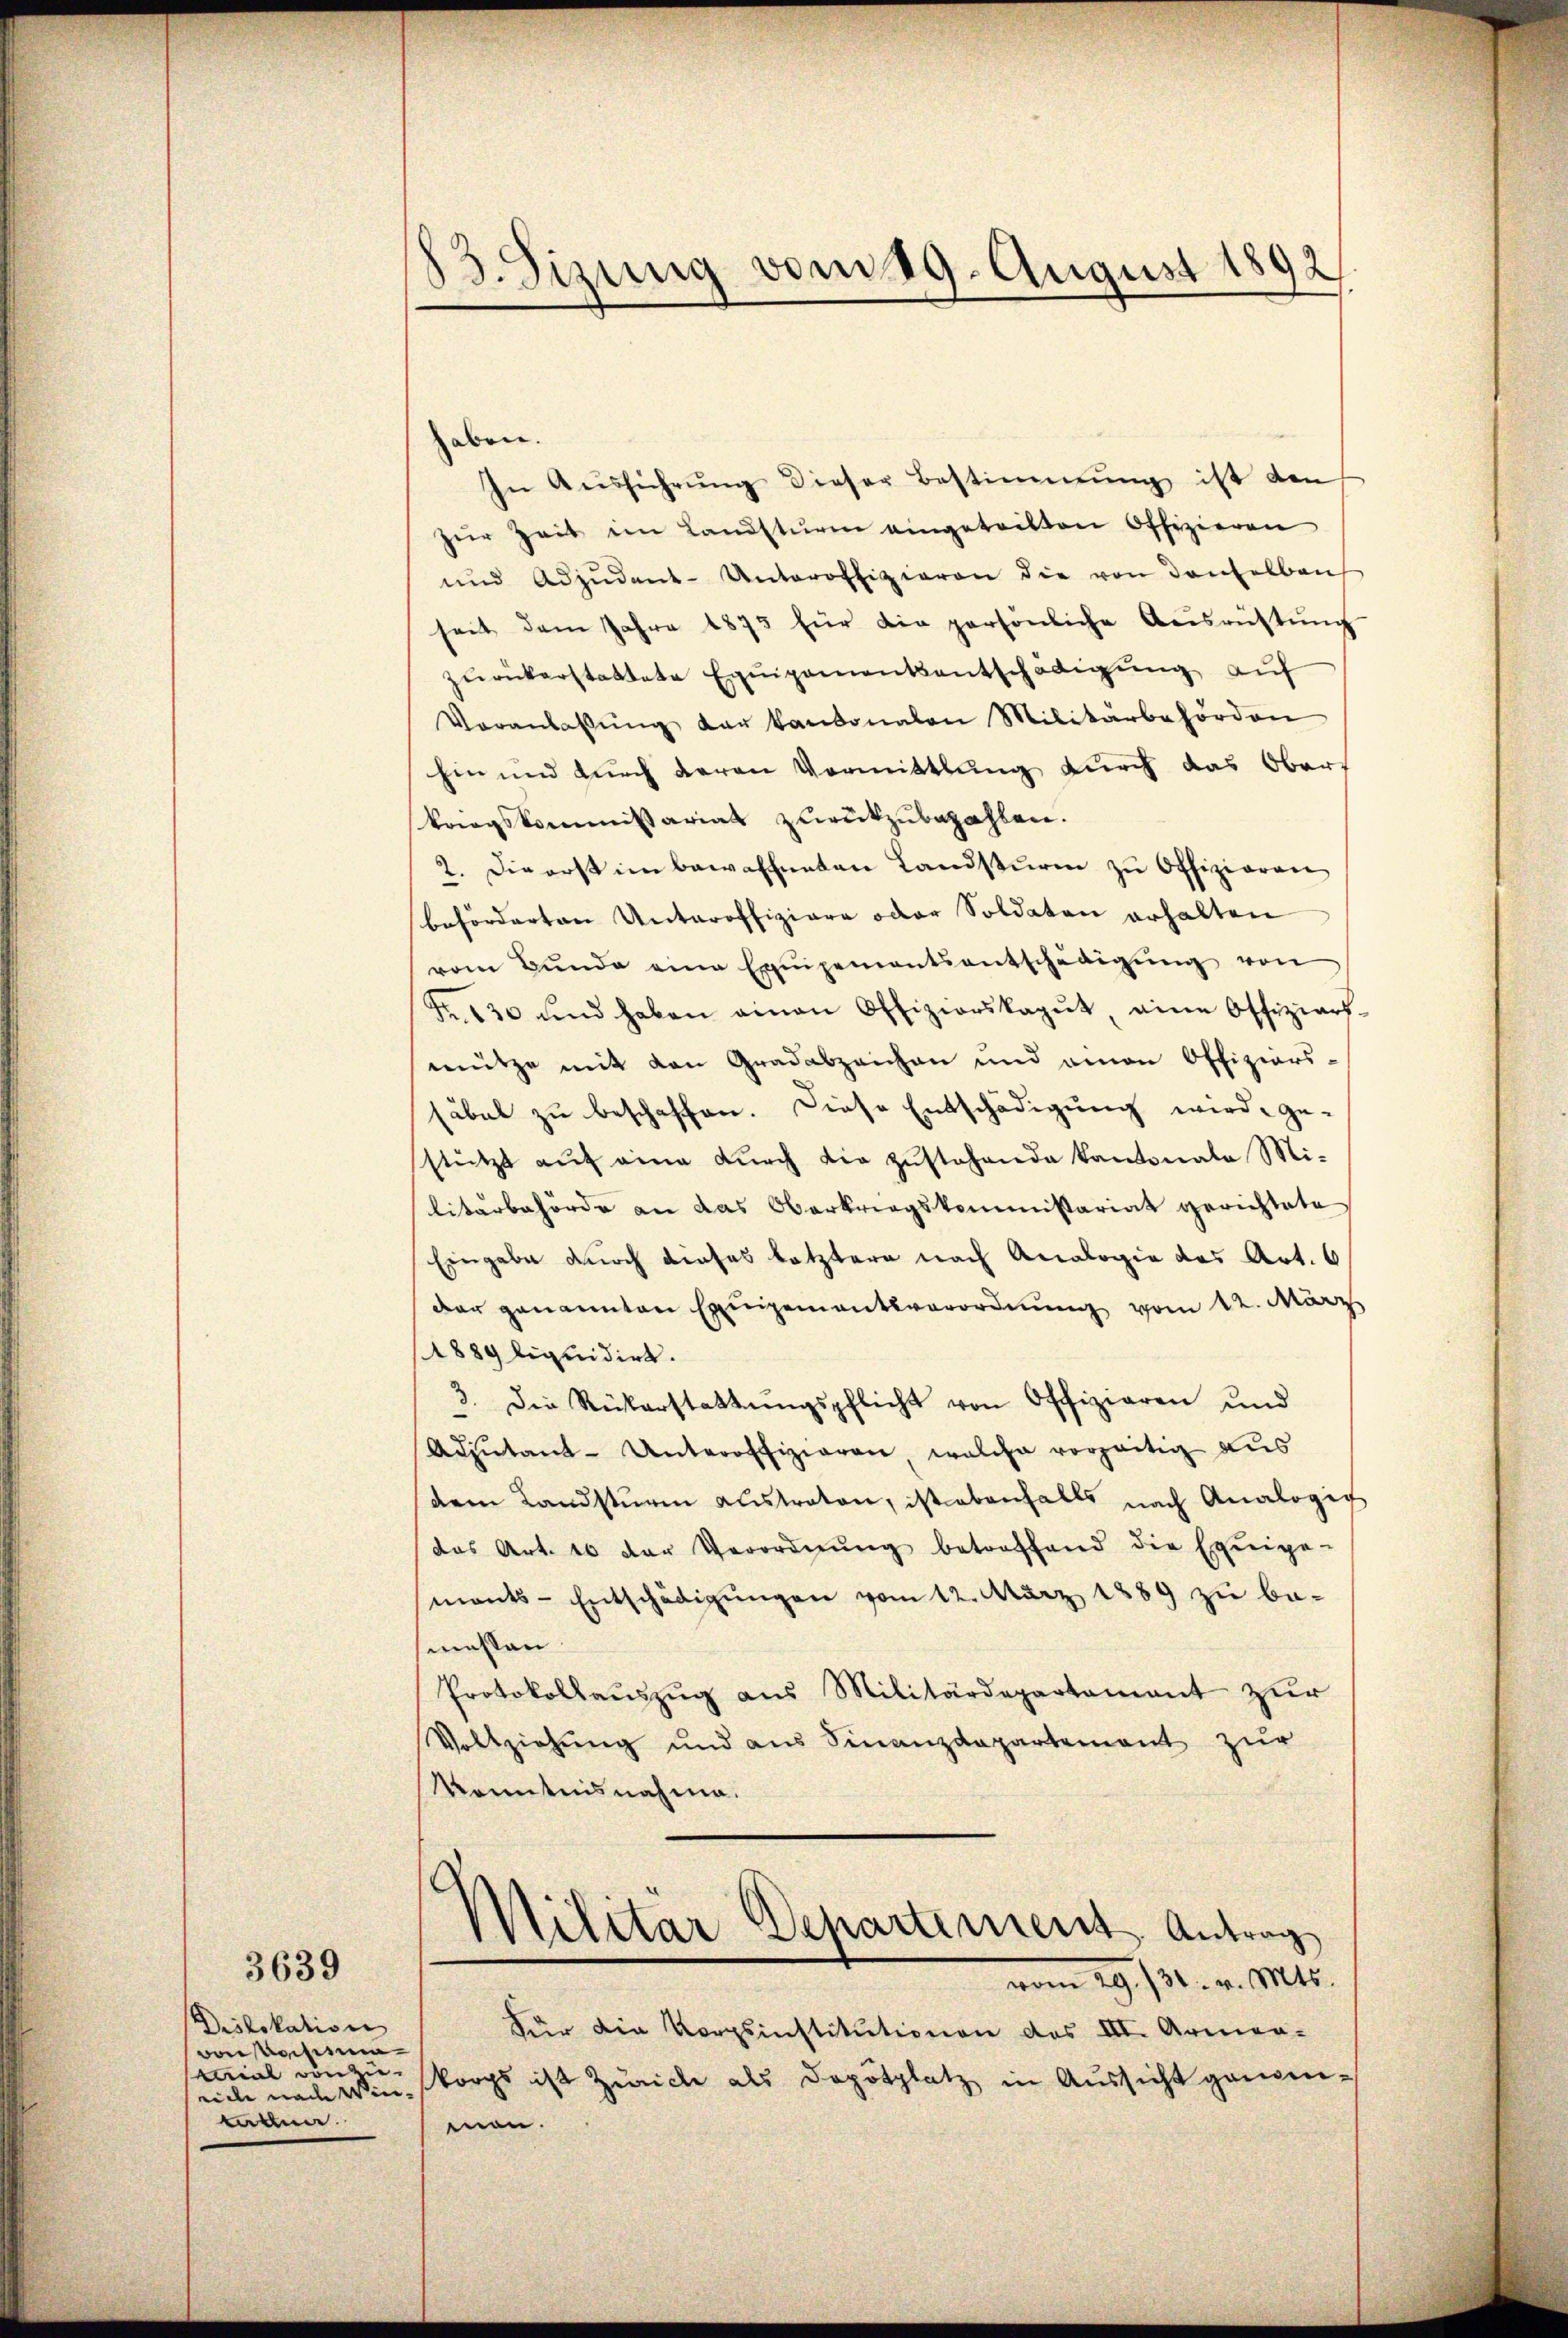
Dislokation
vorschien
Aerial von
kad.

3639

83. Sizung vom 19. August 1892

aben.
In Aŭsführŭng dieser Bestimmung ist den
zŭr Zeit im Landsturm eingetritten Offizieren
und Adjudent-Unteroffizieren die von denselben
seit dem Jahre 1875 für die persönliche Ausrüstŭng
zurückerstattete Equipementsentschädigung auf
Veranlassŭng der kantonalen Militärbehörden
hin und durch deren Vormittlung durch das Oberkriegskommissariat zurückzubezahlen.
2. Die erst im bewaffneten Landsturm zŭ Offizieren
beförderten Unteroffiziare oder Soldaten erhalten
vom Bŭnde eine Equipementsentschädigŭng von
Fr. 630 und haben einen Offizierskagŭt eine Offiziars-
mütze mit den Gradabzeichen und einen Offiziers-
säbel zu beschaffen. Diese Entschädigung wird ge-
stützt auf eine durch die zustehende Kantonale Mi-
litärbehörde an das Oberkriegskommissariat gerichtete
Eingabe durch dieses letztere nach Analogie des Art. 6
der genannten Einigementsverordnung vom 12. März
1889 liquidirt.
3. Die Rückerstattŭngspflicht von Offizieren und
Adjutant-Unteroffizieren welche vorzeitig aus
dem Landstŭrm austraten, ist ebenfalls nach Analogic
das Art. 10 der Verordnŭng betroffend die Exiige-
mants-Entschädigŭngen vom 12. März 1889 zu bemassen.
Protokollaŭszŭg aŭs Militärdepartement zŭr
Vollziehung und aus Finanzdepartement zur
Kenntnisnahme.
Militar Departement. Antrag
vom 19. 731. v. Mts.
Für die Korpsinstitutionen des III. Armen-
rich nach Wie korps ist Zürich als Depotplatz in Aussicht genomman.